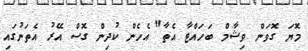
މޮޔަ ގޮވަން ވިޝާމް ބަހައްޓާ އެތާ" އެހެން ކުދިން ގޮސް އޭރު އެތަނުގައި